King Institute of Preventive Medicine Micro-Biological Section reports 1912-19
Year: 1912
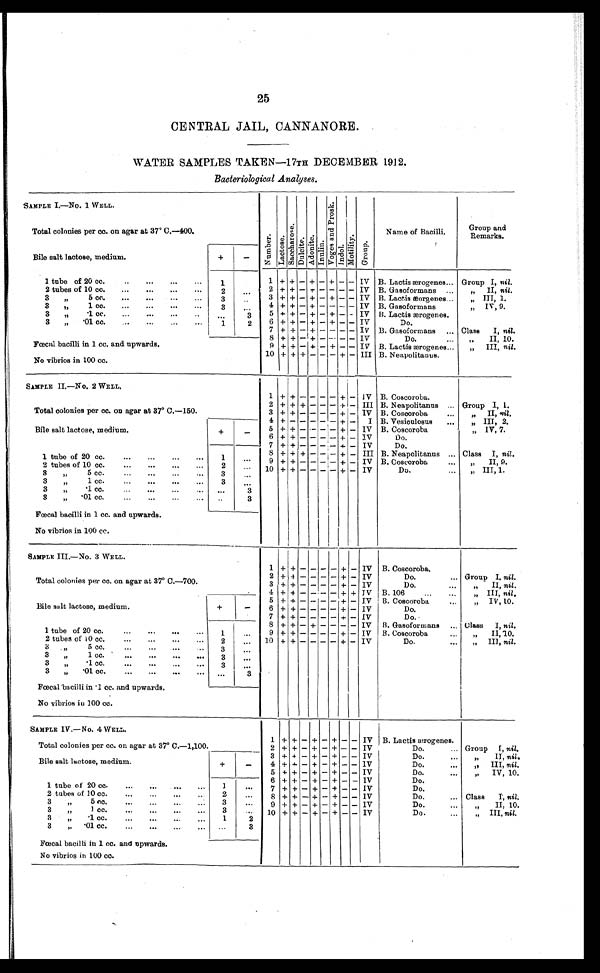
25
CENTRAL JAIL, CANNANORE.
WATER SAMPLES TAKEN—17TH DECEMBER 1912.
Bacteriological Analyses .
SAMPLE I.—No. 1 WELL.
N u m b e r .
L a c t o s e .
S a c c h a r o s e .
D u l c i t e .
A d o n i t e .
I n u l i n .
V o g e s a n d P r o s k .
I n d o l .
M o t i l i t y .
G r o u p .
Name of Bacilli.
Group and
Remarks.
Total colonies per cc. on agar at 37° C.—400.
Bile salt lactose, medium.
+
-
1 tube of 20 cc. . . .
1
1 + + - + - + - - IV B. Lactis ærogenes . . . Group I, nil.
2 tubes of 10 cc. . . .
2
. . .
2 + + -
+ - - - - IV B. Gasoformans . . .
" I I ,
n i l
.
3 + + - + - + - - IV B. Lactis æorgenes . . .
" III, 1.
3 " 5 cc. . . .
3
. . .
B. Gasoformans
" IV, 9.
4 + + - + - - - - IV
3 " 1 cc. . . .
3
. . .
5 + + - + - + - - IV B. Lactis ærogenes.
3 " .1 cc. . . .
. . .
3
6 + + - + - + - - IV
D o . . . .
3 " .01 cc. . . .
1
2
Class I, nil.
7 + + - + - - - - IV B. Gasoformans . . .
8 + + - + - - - - IV
Do. . . .
" II, 10.
Fœcal bacilli in 1 cc. and upwards.
9 + + - + - + - - IV B. Lactis ærogenes . . .
" III, nil.
10 + + + - - - + - III B. Neapolitanus.
No vibrios in 100 cc.
SAMPLE II.—No. 2 WELL.
1 + +
- - - - + - IV B. Coscoroba.
Total colonies per cc. on agar at 37° C.—150.
2 + + + - - - + - III B. Neapolitanus . . .
Group I, 1.
3 + + - - - - + - IV B. Coscoroba . . .
" II, nil.
4
+ -
- - - - + -
I B. Vesiculosus . . .
" III, 2.
Bile salt lactose, medium.
+
-
5 + + - - - - + - IV B. Coscoroba . . .
" IV, 7.
6 + + - - - -
+ -
I V
D o . . . .
7 + + - - - - + - IV
D o . . . .
1 tube of 20 cc. . . .
1
. . .
8 + + + - - - + - III B. Neapolitanus . . . Class I, nil.
9 + + - - - - + - IV B. Coscoroba . . .
" I I , 9 .
2 tubes of 10 cc. . . .
2
. . .
10 + + - - - - + - IV
Do. . . .
" III, 1.
3 " 5 cc. . . .
3
. . .
3 " 1 cc. . . .
3
. . .
3 " .1 cc. . . .
. . .
3
3 " .01 cc. . . .
. . .
3
Fœcal bacilli in 1 cc. and upwards.
No vibrios in 100 cc.
SAMPLE III.—No. 3 WELL.
1 + +
- - - - +
- IV B. Coscoroba.
Total colonies per cc. on agar at 37° C.—700.
2 + + - - - - + - IV
Do. . . . Group I, nil.
3 + + - - - - + - IV
D o . . . .
" I I , n i l .
4 + + - - - - + + IV B. 106 . . .
" III, nil .
Bile salt lactose, medium.
+
-
5 + + - - -
- + - IV B. Coscoroba . . .
" IV, 10.
6 + + - - - - + - IV
D o . . . .
7
+ + - - - -
+ - IV
D o . . . .
1 tube of 20 cc. . . .
1
. . .
8 + + - + - - - - IV B. Gasoformans . . . Class I, nil.
9 + + - - - - + - IV B. Coscoroba . . .
" II,10.
10 + + - - - - + - IV
Do. . . .
" III, nil.
2 tubes of 10 cc. . . .
2
. . .
3 " 5 cc. . . .
3
. . .
3 " 1 cc. . . .
3
. . .
3 " .1 cc. . . .
3
. . .
3 " .01 cc. . . .
. . .
3
Fœcal bacilli in .1 cc. and upwards.
No vibrios in 100 cc.
SAMPLE IV.—No. 4 WELL.
1 + + - + - + - - IV B. Lactis œrogenes.
Total colonies per cc. on agar at 37° C.—1,100.
Group I, nil.
2 + + - + - + - - IV
Do. . . .
Bile salt lactose, medium.
+
-
3 + + - + - + - - IV
Do. . . .
" II, nil,
4 + + - + - + - - IV
Do. . . .
" III, nil .
5
+ + - + - + - - IV
Do. . . .
" IV, 10.
6 + + - + - + - - IV
Do. . . .
1 tube of 20 cc. . . .
1
. . .
7 + + - + - + - - IV
Do. . . .
2 tubes of 10 cc. . . .
2
. . .
8 + + - + - + - - IV
Do. . . .
Class I, nil.
3 " 5 cc. . . .
3
. . .
9 + + - + - + - - IV
Do. . . .
" I I , 1 0 .
3 " 1 cc. . . .
3
. . .
10 + + - + - + - - IV
Do. . . .
" III, nil.
3 " .1 cc. . . .
1
2
3 " .01 cc. . . .
. . .
3
Fœcal bacilli in 1 cc. and upwards.
No vibrios in 100 cc.